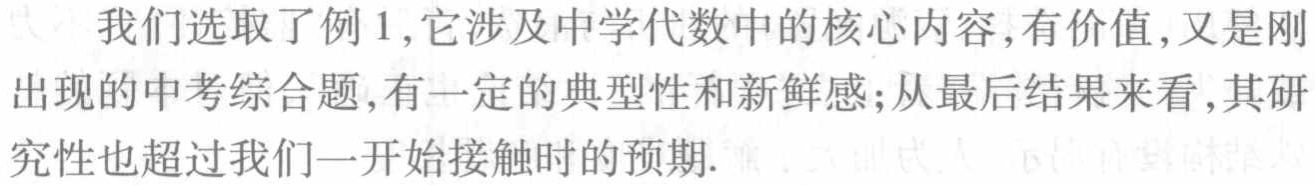
我们选取了例 1,它涉及中学代数中的核心内容,有价值,又是刚出现的中考综合题,有一定的典型性和新鲜感;从最后结果来看,其研究性也超过我们一开始接触时的预期.